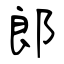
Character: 郎